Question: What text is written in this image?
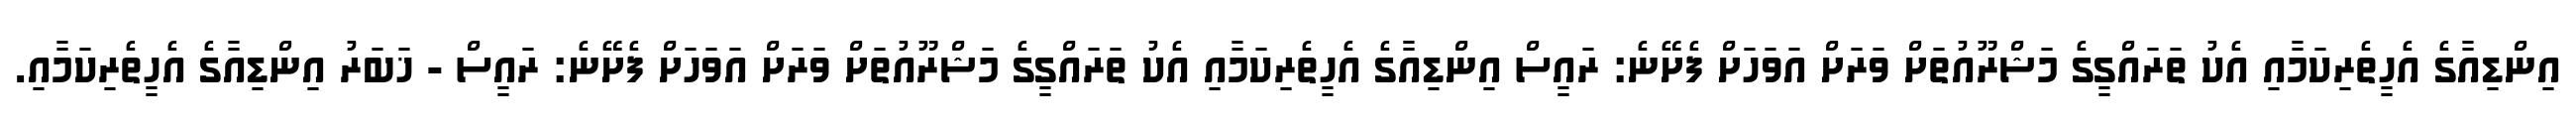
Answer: އިންޑިއާގެ އެހީތެރިކަމާއި އެކު ތަރައްގީގެ މަޝްރޫއުތަށް ވަރަށް އަވަހަށް ފެށޭނެ: ރައީސް އިންޑިއާގެ އެހީތެރިކަމާއި އެކު ތަރައްގީގެ މަޝްރޫއުތަށް ވަރަށް އަވަހަށް ފެށޭނެ: ރައީސް - ޚަބަރު އިންޑިއާގެ އެހީތެރިކަމާއި.